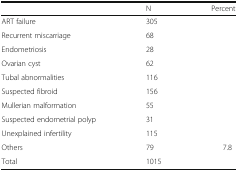
<table><thead><tr><td>[EMPTY_CELL]</td><td><b>N</b></td><td><b>Percent</b></td></tr></thead><tbody><tr><td>ART failure</td><td>305</td><td>[EMPTY_CELL]</td></tr><tr><td>Recurrent miscarriage</td><td>68</td><td>[EMPTY_CELL]</td></tr><tr><td>Endometriosis</td><td>28</td><td>[EMPTY_CELL]</td></tr><tr><td>Ovarian cyst</td><td>62</td><td>[EMPTY_CELL]</td></tr><tr><td>Tubal abnormalities</td><td>116</td><td>[EMPTY_CELL]</td></tr><tr><td>Suspected fibroid</td><td>156</td><td>[EMPTY_CELL]</td></tr><tr><td>Mullerian malformation</td><td>55</td><td>[EMPTY_CELL]</td></tr><tr><td>Suspected endometrial polyp</td><td>31</td><td>[EMPTY_CELL]</td></tr><tr><td>Unexplained infertility</td><td>115</td><td>[EMPTY_CELL]</td></tr><tr><td>Others</td><td>79</td><td>7.8</td></tr><tr><td>Total</td><td>1015</td><td>[EMPTY_CELL]</td></tr></tbody></table>